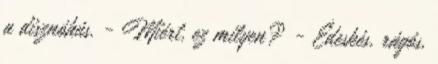
a disznóhús. - Miért, ez milyen? - Édeskés, rágós,